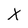
Character: X